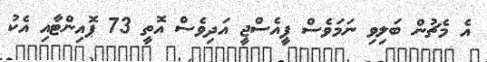
އެ މެޗުން ބަލިވި ނަމަވެސް ޕީއެސްޖީ އަދިވެސް އޮތީ 73 ޕޮއިންޓާއި އެކު